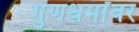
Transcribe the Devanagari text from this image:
गुणधर्मांवर